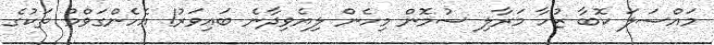
މައްސަލަ ކޮބާ ޒުހާ މަރާލި ސުމޮން މިހެން ލިޔެވިދާނެ ބައިވަރު! އެހެންގަވްމު ތަކުގެ